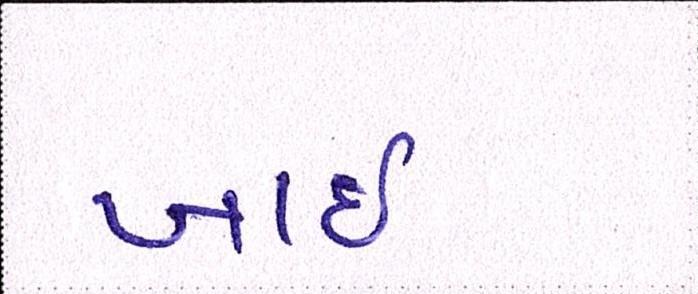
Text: ખાઈ